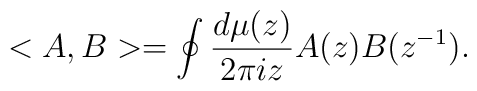
<A,B>=\oint\frac{d\mu(z)}{2\pi i z}A(z)B(z^{-1}).